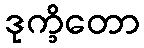
ဒုက္ခိတော